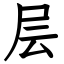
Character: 层